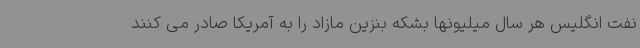
نفت انگلیس هر سال میلیونها بشکه بنزین مازاد را به آمریکا صادر می کنند